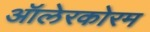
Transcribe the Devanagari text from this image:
ऑलेरकोरम